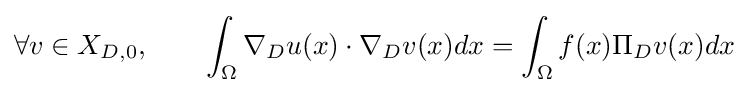
\forall v\in X_{D,0},\qquad \int _{\Omega }\nabla _{D}u(x)\cdot \nabla _{D}v(x)dx=\int _{\Omega }f(x)\Pi _{D}v(x)dx